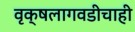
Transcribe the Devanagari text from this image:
वृक्षलागवडीचाही